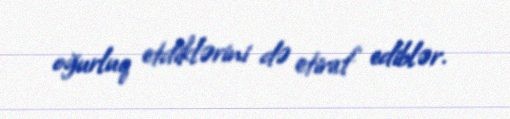
oğurluq etdiklərini də etiraf ediblər.